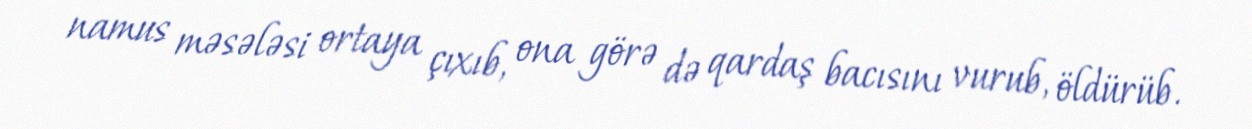
namus məsələsi ortaya çıxıb, ona görə də qardaş bacısını vurub, öldürüb.